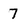
Character: 7